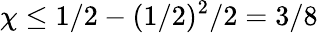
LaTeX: \chi\le 1/2-(1/2)^{2}/2=3/8